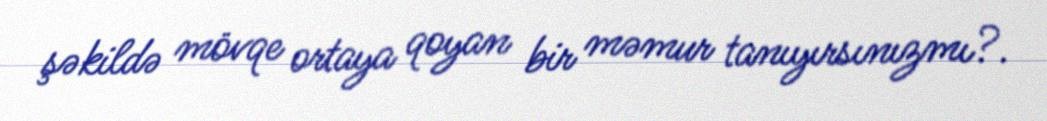
şəkildə mövqe ortaya qoyan bir məmur tanıyırsınızmı?.